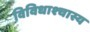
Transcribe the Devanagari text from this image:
विविधाश्चास्य